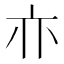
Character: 𰁜